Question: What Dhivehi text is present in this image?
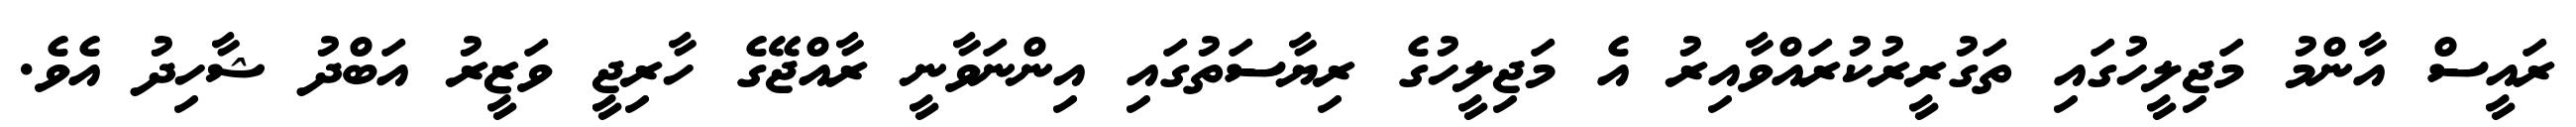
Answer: ރައީސް އާންމު މަޖިލީހުގައި ތަގުރީރުކުރައްވާއިރު އެ މަޖިލީހުގެ ރިޔާސަތުގައި އިންނަވާނީ ރާއްޖޭގެ ހާރިޖީ ވަޒީރު އަބްދު ޝާހިދު އެވެ.